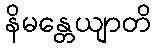
နိမန္တေယျာတိ